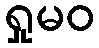
ရှုမဝ